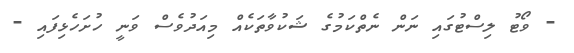
- ވޯޓު ލިސްޓުގައި ނަން ނެތްކަމުގެ ޝަކުވާތަކެއް މިއަދުވެސް ވަނީ ހުށަހެޅިފައި -